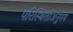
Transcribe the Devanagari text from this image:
परिस्थितीअनुरुप